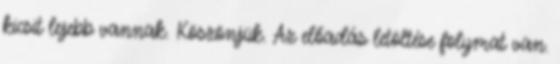
kicsit lejebb vannak. Köszönjük. Az előadás letöltése folymat van.